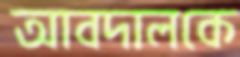
আবদালকে